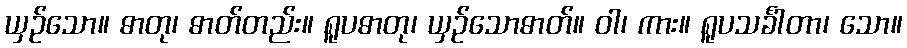
ယှဉ်သော။ ဓာတု၊ ဓာတ်တည်း။ ရူပဓာတု၊ ယှဉ်သောဓာတ်။ ဝါ၊ ကား။ ရူပသင်္ခါတာ၊ သော။